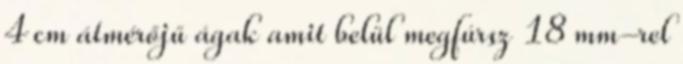
4 cm átmérőjű ágak amit belül megfúrsz 18 mm-rel